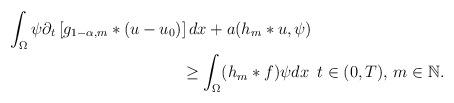
LaTeX: \begin{align*}&\int_{\Omega}\psi \partial_{t}\left[ g_{1-\alpha,m}*(u-u_{0}) \right]dx+ a(h_{m}*u,\psi) \\&\quad\quad\quad\quad\quad\quad\quad\quad\quad\quad\,\,\,\,\geq \int_{\Omega}(h_{m}*f)\psi dx \, \,\,t\in (0,T), \, m\in\mathbb{N}.\end{align*}